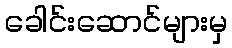
ခေါင်းဆောင်များမှ